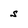
Character: s